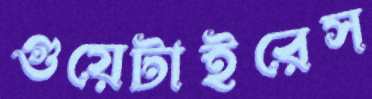
গুয়েটাইরেস